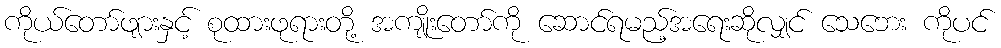
ကိုယ်တော်ဖျားနှင့် စုထားဖုရားတို့ အကျိုးတော်ကို ဆောင်ရမည့်အရေးဆိုလျှင် သေဘေး ကိုပင်